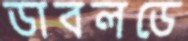
ডাবলডে